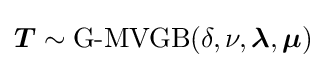
{\boldsymbol {T}}\sim \mathrm {G} {\text{-}}\mathrm {MVGB} (\delta ,\nu ,{\boldsymbol {\lambda }},{\boldsymbol {\mu }})